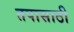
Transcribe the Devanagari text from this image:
तपासाठी